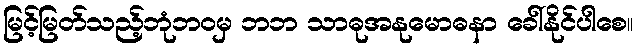
မြင့်မြတ်သည့်ဘုံဘဝမှ ဘဘ သာဓုအနုမောဓနာ ခေါ်နိုင်ပါစေ။